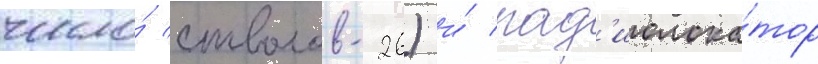
число́ стволов-26) и́ рад'иолока́тор